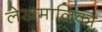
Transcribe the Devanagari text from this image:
लेखमालिका